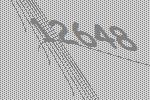
12648